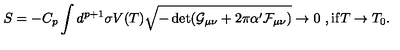
S = - C _ { p } \int d ^ { p + 1 } \sigma V ( T ) \sqrt { - \det ( \mathcal { G } _ { \mu \nu } + 2 \pi \alpha ^ { \prime } \mathcal { F } _ { \mu \nu } ) } \rightarrow 0 \ , \mathrm { i f } T \rightarrow T _ { 0 } .